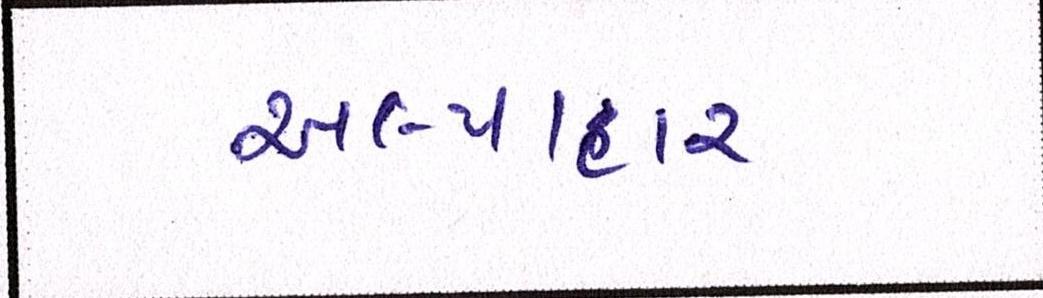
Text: અલ્પાહાર